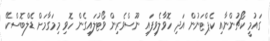
ގައުމީ ކޯޗުންނާއި ކެޕްޓަނުން އަދި ހޮވާލެވިފައި ނޫސްވެރިން ވޯޓުލައިގެން ހޮވި މިމަގާމަށް ޑެލްބޮސްކޭ